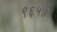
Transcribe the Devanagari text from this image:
९६५७